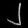
Digit: ၂